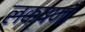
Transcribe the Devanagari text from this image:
लक्षणाँ